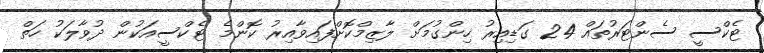
ޓެކްސީ ސެންޓަރުތައް 24 ގަޑިއިރު ހިންގުމަށް ލާޒިމްކޮށްފައިވާއިރު ކޮންމެ ޓެކްސީއަކުން ދުވާލަކު ހަތް